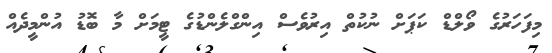
މިފަހަރުގެ ވޯލްޑް ކަޕަށް ނުކުތް އިރުވެސް އިންގްލެންޑުގެ ޓީމަށް މާ ބޮޑު އުންމީދެއް